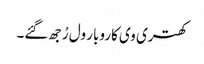
کھتری وی کاروبار ول رُجھ گئے۔